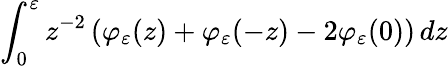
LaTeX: \int_{0}^{\varepsilon}z^{-2}\left(\varphi_{\varepsilon}(z)+\varphi_{\varepsilon}(-z)-2\varphi_{\varepsilon}(0)\right)\mathop{}\! {d{z}}